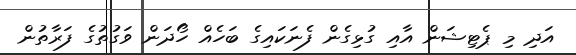
އަދި މި ޕެޓިޝަން އާއި ގުޅިގެން ފެނަކައިގެ ބަހެއް ހޯދަން ވަގުތުގެ ފަރާތުން